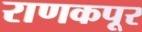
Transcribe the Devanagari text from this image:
राणकपूर